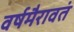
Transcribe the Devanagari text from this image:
वर्षमैरावतं